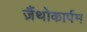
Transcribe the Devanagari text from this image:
ज़ैंथोकार्पम